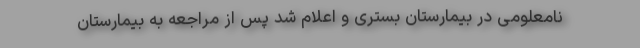
نامعلومی در بیمارستان بستری و اعلام شد پس از مراجعه به بیمارستان